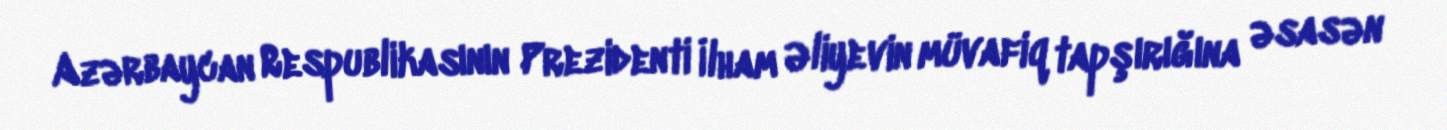
Azərbaycan Respublikasının Prezidenti İlham Əliyevin müvafiq tapşırığına əsasən